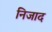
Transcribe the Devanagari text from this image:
निजाद